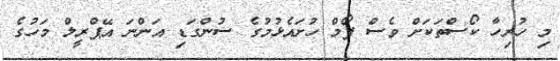
މި ހުރިހާ ކޯސްތަކަށް ވެސް ފޯމް ހުށައެޅުމުގެ ސުންގަޑި އަންނަ އޭޕްރީލް މަހުގެ